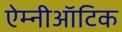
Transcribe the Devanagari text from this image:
ऐम्नीऑटिक